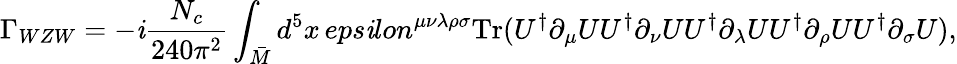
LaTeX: \Gamma_{WZW}=-\mathit{i}\frac{{N_{c}}}{{240\pi^{2}}}\int_{\bar{{M}}}d^{5}x\, eps\mathit{i}lon^{\mu\nu\lambda\rho\sigma}\mathrm{{Tr}}(U^{\dagger}\partial_{\mu}UU^{\dagger}\partial_{\nu}UU^{\dagger}\partial_{\lambda}UU^{\dagger}\partial_{\rho}UU^{\dagger}\partial_{\sigma}U),